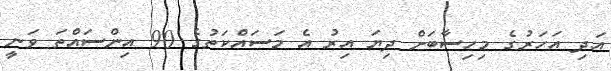
އަދި އަހަރުގެ މިހިސާބަށް ދިޔަ އިރު އެ މަސައްކަތުގެ 90 އިންސައްތަ ވަނީ